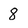
Character: 8